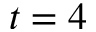
t = 4